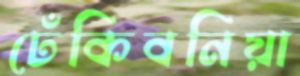
ঢেঁকিবনিয়া